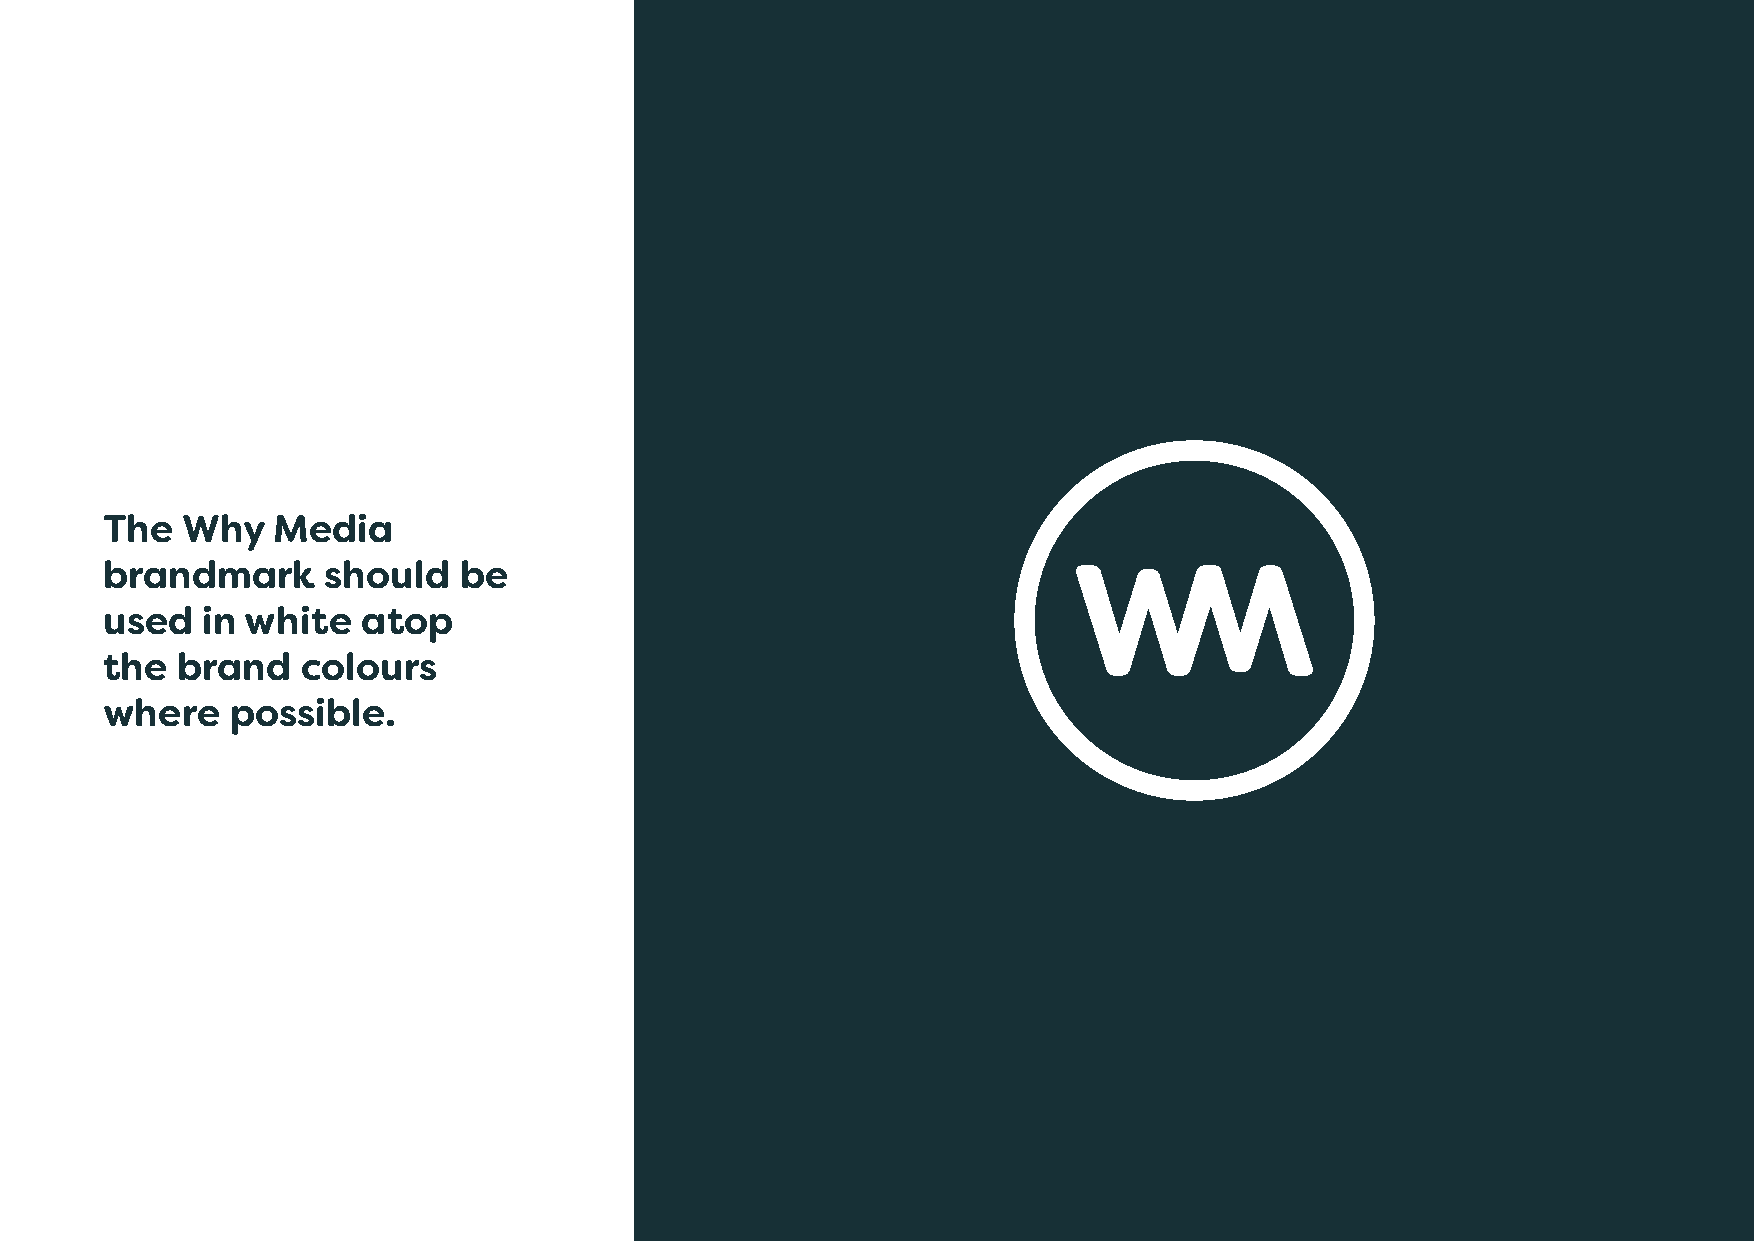
The  Why   Media
 brandmark      should  be
 used  in white   atop
 the  brand   colours
 where   possible.